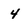
Character: 4